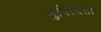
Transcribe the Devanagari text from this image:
मुक्त्दिता